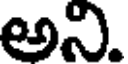
అని.